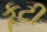
કૂટી